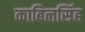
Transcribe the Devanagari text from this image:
काबिलसिंह